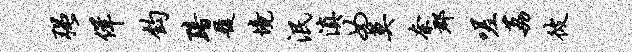
强佯钧黯履境泯滇女莫奈郡嗟荔彼